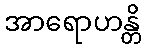
အာရောဟန္တိ